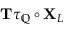
\mathbf { T } \tau _ { \mathbb { Q } } \circ \mathbf { X } _ { L }